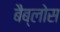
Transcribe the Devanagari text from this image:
बैब्लोस